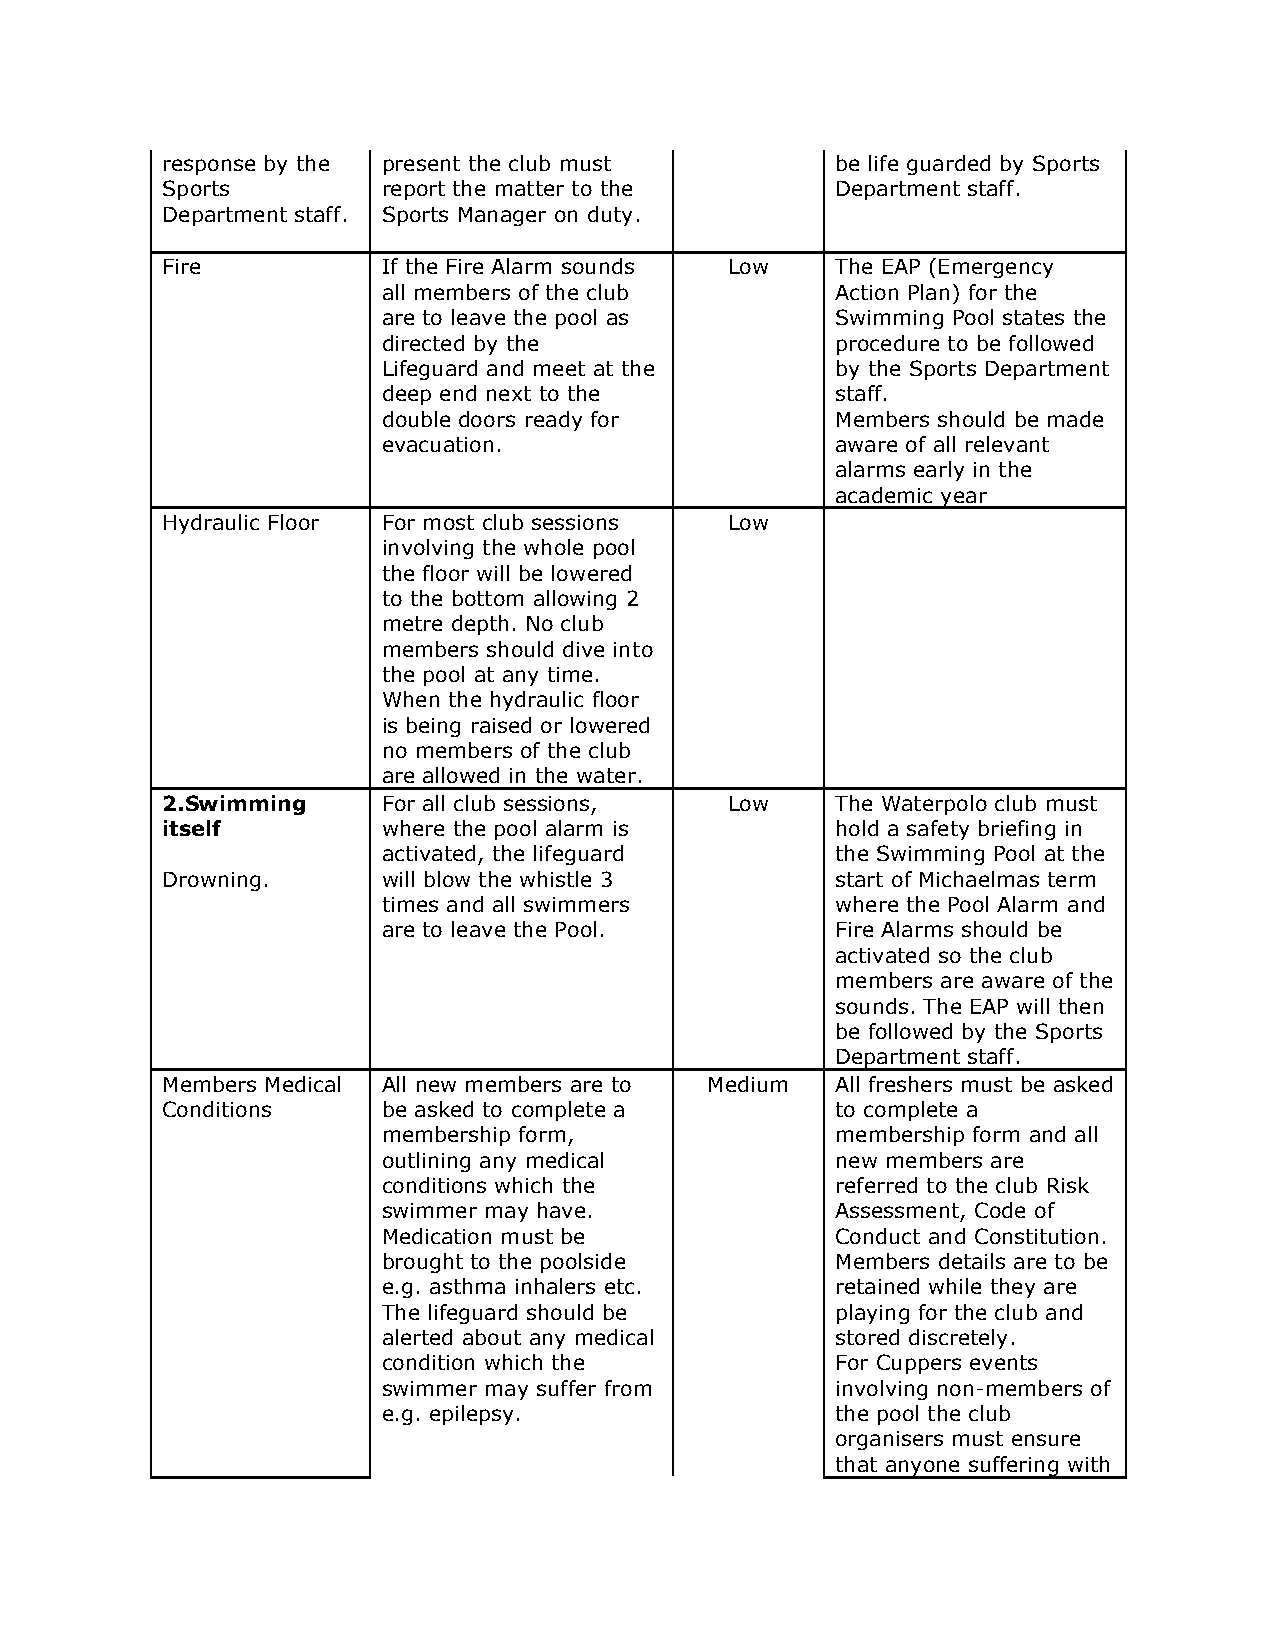
response by the present the club must       be life guarded by Sports
 Sports        report the matter to the      Department staff.
 Department staff. Sports Manager on duty.
 Fire          If the Fire Alarm sounds Low  The EAP (Emergency
 all members of the club       Action Plan) for the
 are to leave the pool as      Swimming Pool states the
 directed by the               procedure to be followed
 Lifeguard and meet at the     by the Sports Department
 deep end next to the          staff.
 double doors ready for        Members should be made
 evacuation.                   aware of all relevant
 alarms early in the
 academic year
 Hydraulic Floor For most club sessions Low
 involving the whole pool
 the floor will be lowered
 to the bottom allowing 2
 metre depth. No club
 members should dive into
 the pool at any time.
 When the hydraulic floor
 is being raised or lowered
 no members of the club
 are allowed in the water.
 2.Swimming    For all club sessions, Low    The Waterpolo club must
 itself        where the pool alarm is       hold a safety briefing in
 activated, the lifeguard      the Swimming Pool at the
 Drowning.     will blow the whistle 3       start of Michaelmas term
 times and all swimmers        where the Pool Alarm and
 are to leave the Pool.        Fire Alarms should be
 activated so the club
 members are aware of the
 sounds. The EAP will then
 be followed by the Sports
 Department staff.
 Members Medical All new members are to Medium All freshers must be asked
 Conditions    be asked to complete a        to complete a
 membership form,              membership form and all
 outlining any medical         new members are
 conditions which the          referred to the club Risk
 swimmer may have.             Assessment, Code of
 Medication must be            Conduct and Constitution.
 brought to the poolside       Members details are to be
 e.g. asthma inhalers etc.     retained while they are
 The lifeguard should be       playing for the club and
 alerted about any medical     stored discretely.
 condition which the           For Cuppers events
 swimmer may suffer from       involving non-members of
 e.g. epilepsy.                the pool the club
 organisers must ensure
 that anyone suffering with